Report on vaccination in Madras 1895-1903 - 1895-1903
Year: 1895
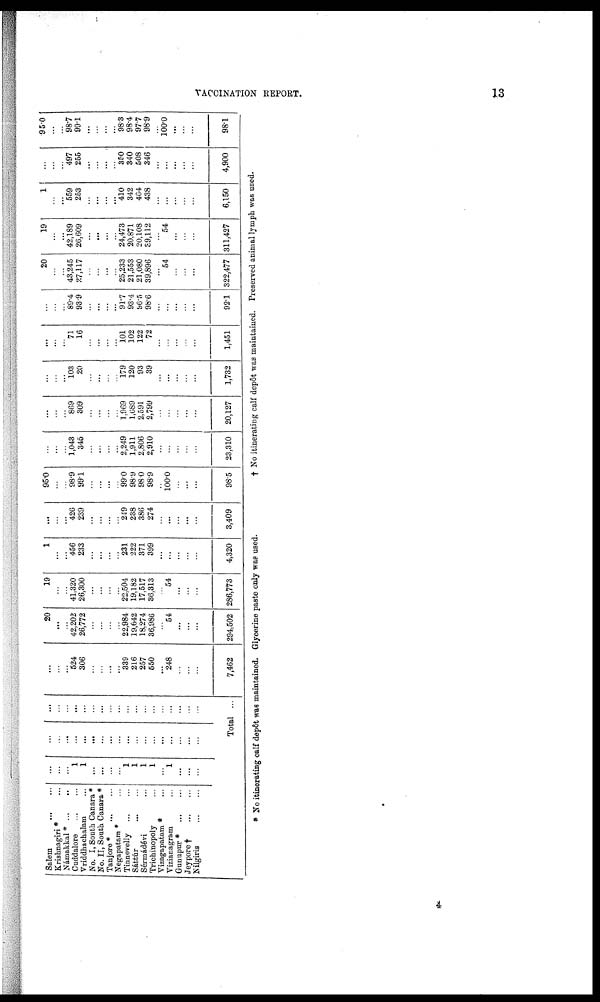
VACCINATION REPORT.
13
Salem
...
...
Krishnagiri * ...
Námakkal *... ...
Cuddalore
...
...
Vriddhachalam ...
No. I, South Canara *
No. II, South Canara *
Tanjore*
...
...
Negapatam * ...
Tinnevelly
...
...
Sáttúr
...
...
Sérmádévi ...
Trichinopoly ...
Vizagapatam * ...
Vizianagram ...
Gunupur *
...
...
Jeypore†
...
...
Nilgiris
...
...
...
...
...
1
1
...
...
...
...
1
1
1
1
...
1
...
...
...
...
...
...
...
...
...
...
...
...
...
...
...
...
...
...
...
...
...
...
...
...
...
...
...
...
...
...
...
...
...
...
...
...
...
...
...
Total ...
...
...
...
524
306
...
...
...
...
339
216
257
550
...
248
...
...
...
7,462
20
...
...
42,202
26,772
...
...
...
...
22,984
19,642
18,274
36,986
...
54
...
...
...
294,502
19
...
...
41,820
26,300
...
...
...
...
22,504
19,182
17,517
36,313
...
54
...
...
...
286,773
1
...
...
456
233
...
...
...
...
231
222
371
399
...
...
...
...
...
4,320
...
...
...
426
239
...
...
...
...
249
238
386
274
...
...
...
...
...
3,409
95.0
...
...
98.9
99.1
...
...
...
...
99.0
98.9
98.0
98.9
...
100.0
...
...
...
98.5
...
...
...
1,043
345
...
...
...
...
2,249
1,911
2,806
2,910
...
...
...
...
...
23,310
...
...
...
869
309
...
...
...
...
1,969
1,689
2,591
2,799
...
...
...
...
...
20,127
...
...
...
103
20
...
...
...
...
179
120
93
39
...
...
...
...
...
1,732
...
...
... 71
16
...
...
...
...
101
102
122
72
...
...
...
...
...
1,451
...
...
...
89.4
93.9
...
...
...
...
91.7
93.4
96.5
98.6
...
...
...
...
...
92.1
20
...
...
43,245
27,117
...
...
...
...
25,233
21,553
21,080
39,896
...
54
...
...
...
322,477
19
...
...
42,189
26,609
...
...
...
...
24,473
20,871
20,108
89,112
...
54
...
...
...
311,427
1
...
...
559
253
...
...
...
...
410
342
464
438
...
...
...
...
...
6,150
...
...
...
497
255
...
...
...
...
350
340
508
346
...
...
...
...
...
4,900
95.0
...
...
98.7
99.1
...
...
...
...
98.3
98.4
97.7
98.9
...
100.0
...
...
...
98.1
* No itinerating calf depôt was maintained. Glycerine paste only was used.
† No itinerating calf depôt was maintained. Preserved animal lymph was used.
4